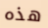
هذه